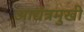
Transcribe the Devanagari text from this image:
आद्यंत्रमुखी